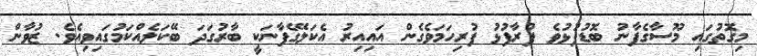
މިގޮތުގައި މޫސާގެފާނު ބޮޑުފުޅުވެ ފުރާފުޅު ފުރިހަމަވެގެން އައިއިރު އެކަލޭގެފާނަކީ ބާރުގަދަ ބޭކަލެއްކަމުގައިވިއެވެ. ޒުވާން